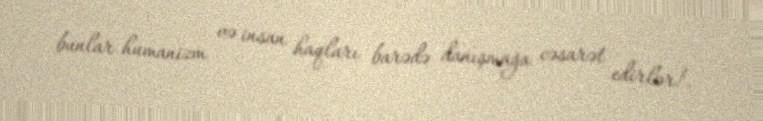
bunlar humanizm və insan haqları barədə danışmağa cəsarət edirlər!.